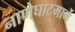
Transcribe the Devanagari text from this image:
नाणेघाटमार्गे